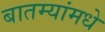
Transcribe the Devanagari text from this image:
बातम्यांमधे